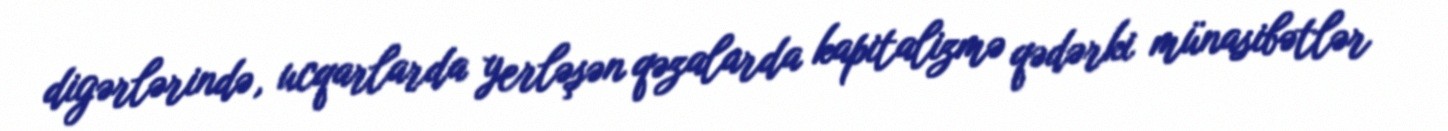
digərlərində, ucqarlarda yerləşən qəzalarda kapitalizmə qədərki münasibətlər